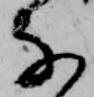
な